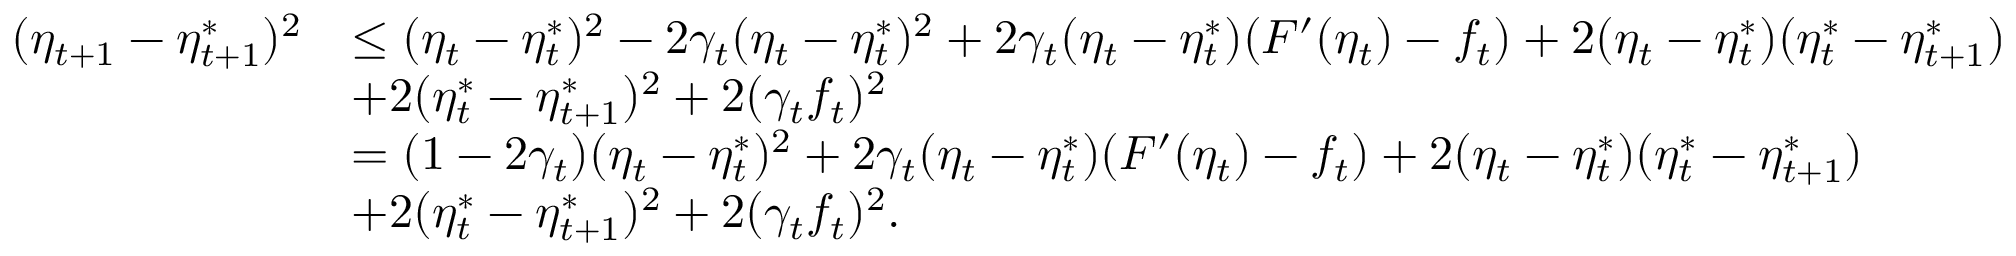
\begin{array} { r l } { ( \eta _ { t + 1 } - \eta _ { t + 1 } ^ { * } ) ^ { 2 } } & { \leq ( \eta _ { t } - \eta _ { t } ^ { * } ) ^ { 2 } - 2 \gamma _ { t } ( \eta _ { t } - \eta _ { t } ^ { * } ) ^ { 2 } + 2 \gamma _ { t } ( \eta _ { t } - \eta _ { t } ^ { * } ) ( F ^ { \prime } ( \eta _ { t } ) - f _ { t } ) + 2 ( \eta _ { t } - \eta _ { t } ^ { * } ) ( \eta _ { t } ^ { * } - \eta _ { t + 1 } ^ { * } ) } \\ & { + 2 ( \eta _ { t } ^ { * } - \eta _ { t + 1 } ^ { * } ) ^ { 2 } + 2 ( \gamma _ { t } f _ { t } ) ^ { 2 } } \\ & { = ( 1 - 2 \gamma _ { t } ) ( \eta _ { t } - \eta _ { t } ^ { * } ) ^ { 2 } + 2 \gamma _ { t } ( \eta _ { t } - \eta _ { t } ^ { * } ) ( F ^ { \prime } ( \eta _ { t } ) - f _ { t } ) + 2 ( \eta _ { t } - \eta _ { t } ^ { * } ) ( \eta _ { t } ^ { * } - \eta _ { t + 1 } ^ { * } ) } \\ & { + 2 ( \eta _ { t } ^ { * } - \eta _ { t + 1 } ^ { * } ) ^ { 2 } + 2 ( \gamma _ { t } f _ { t } ) ^ { 2 } . } \end{array}